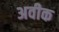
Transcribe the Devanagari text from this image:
अवीक